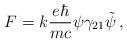
LaTeX: \begin{align*}F = k \frac{e\hbar}{mc} \psi \gamma_{21} \tilde{\psi} \, ,\end{align*}